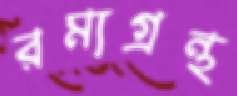
রম্যগ্রন্থ